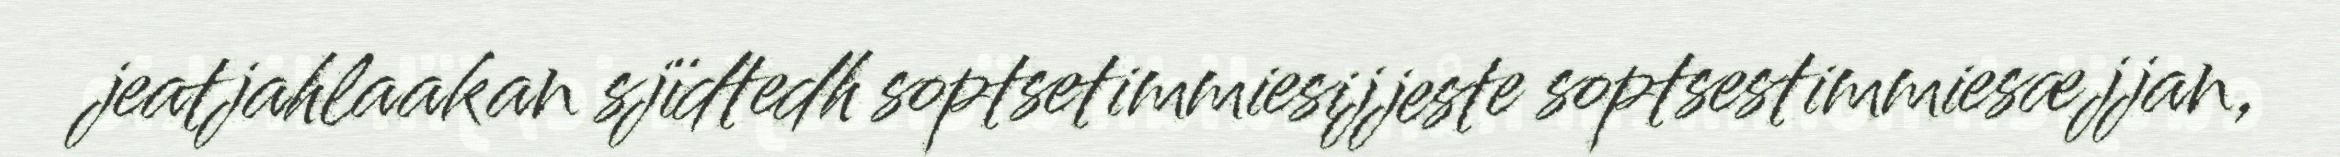
jeatjahlaakan sjïdtedh soptsetimmiesijjeste soptsestimmiesæjjan,